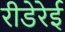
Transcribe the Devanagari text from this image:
रीडेरेई